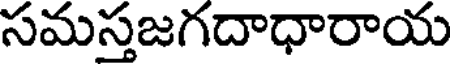
సమస్తజగదాధారాయ